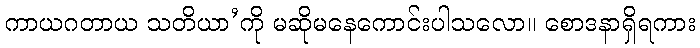
ကာယဂတာယ သတိယာ’ကို မဆိုမနေကောင်းပါသလော။ စောဒနာရှိရကား